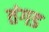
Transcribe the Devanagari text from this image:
तंगड